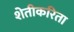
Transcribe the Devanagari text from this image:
शेतीकरिता